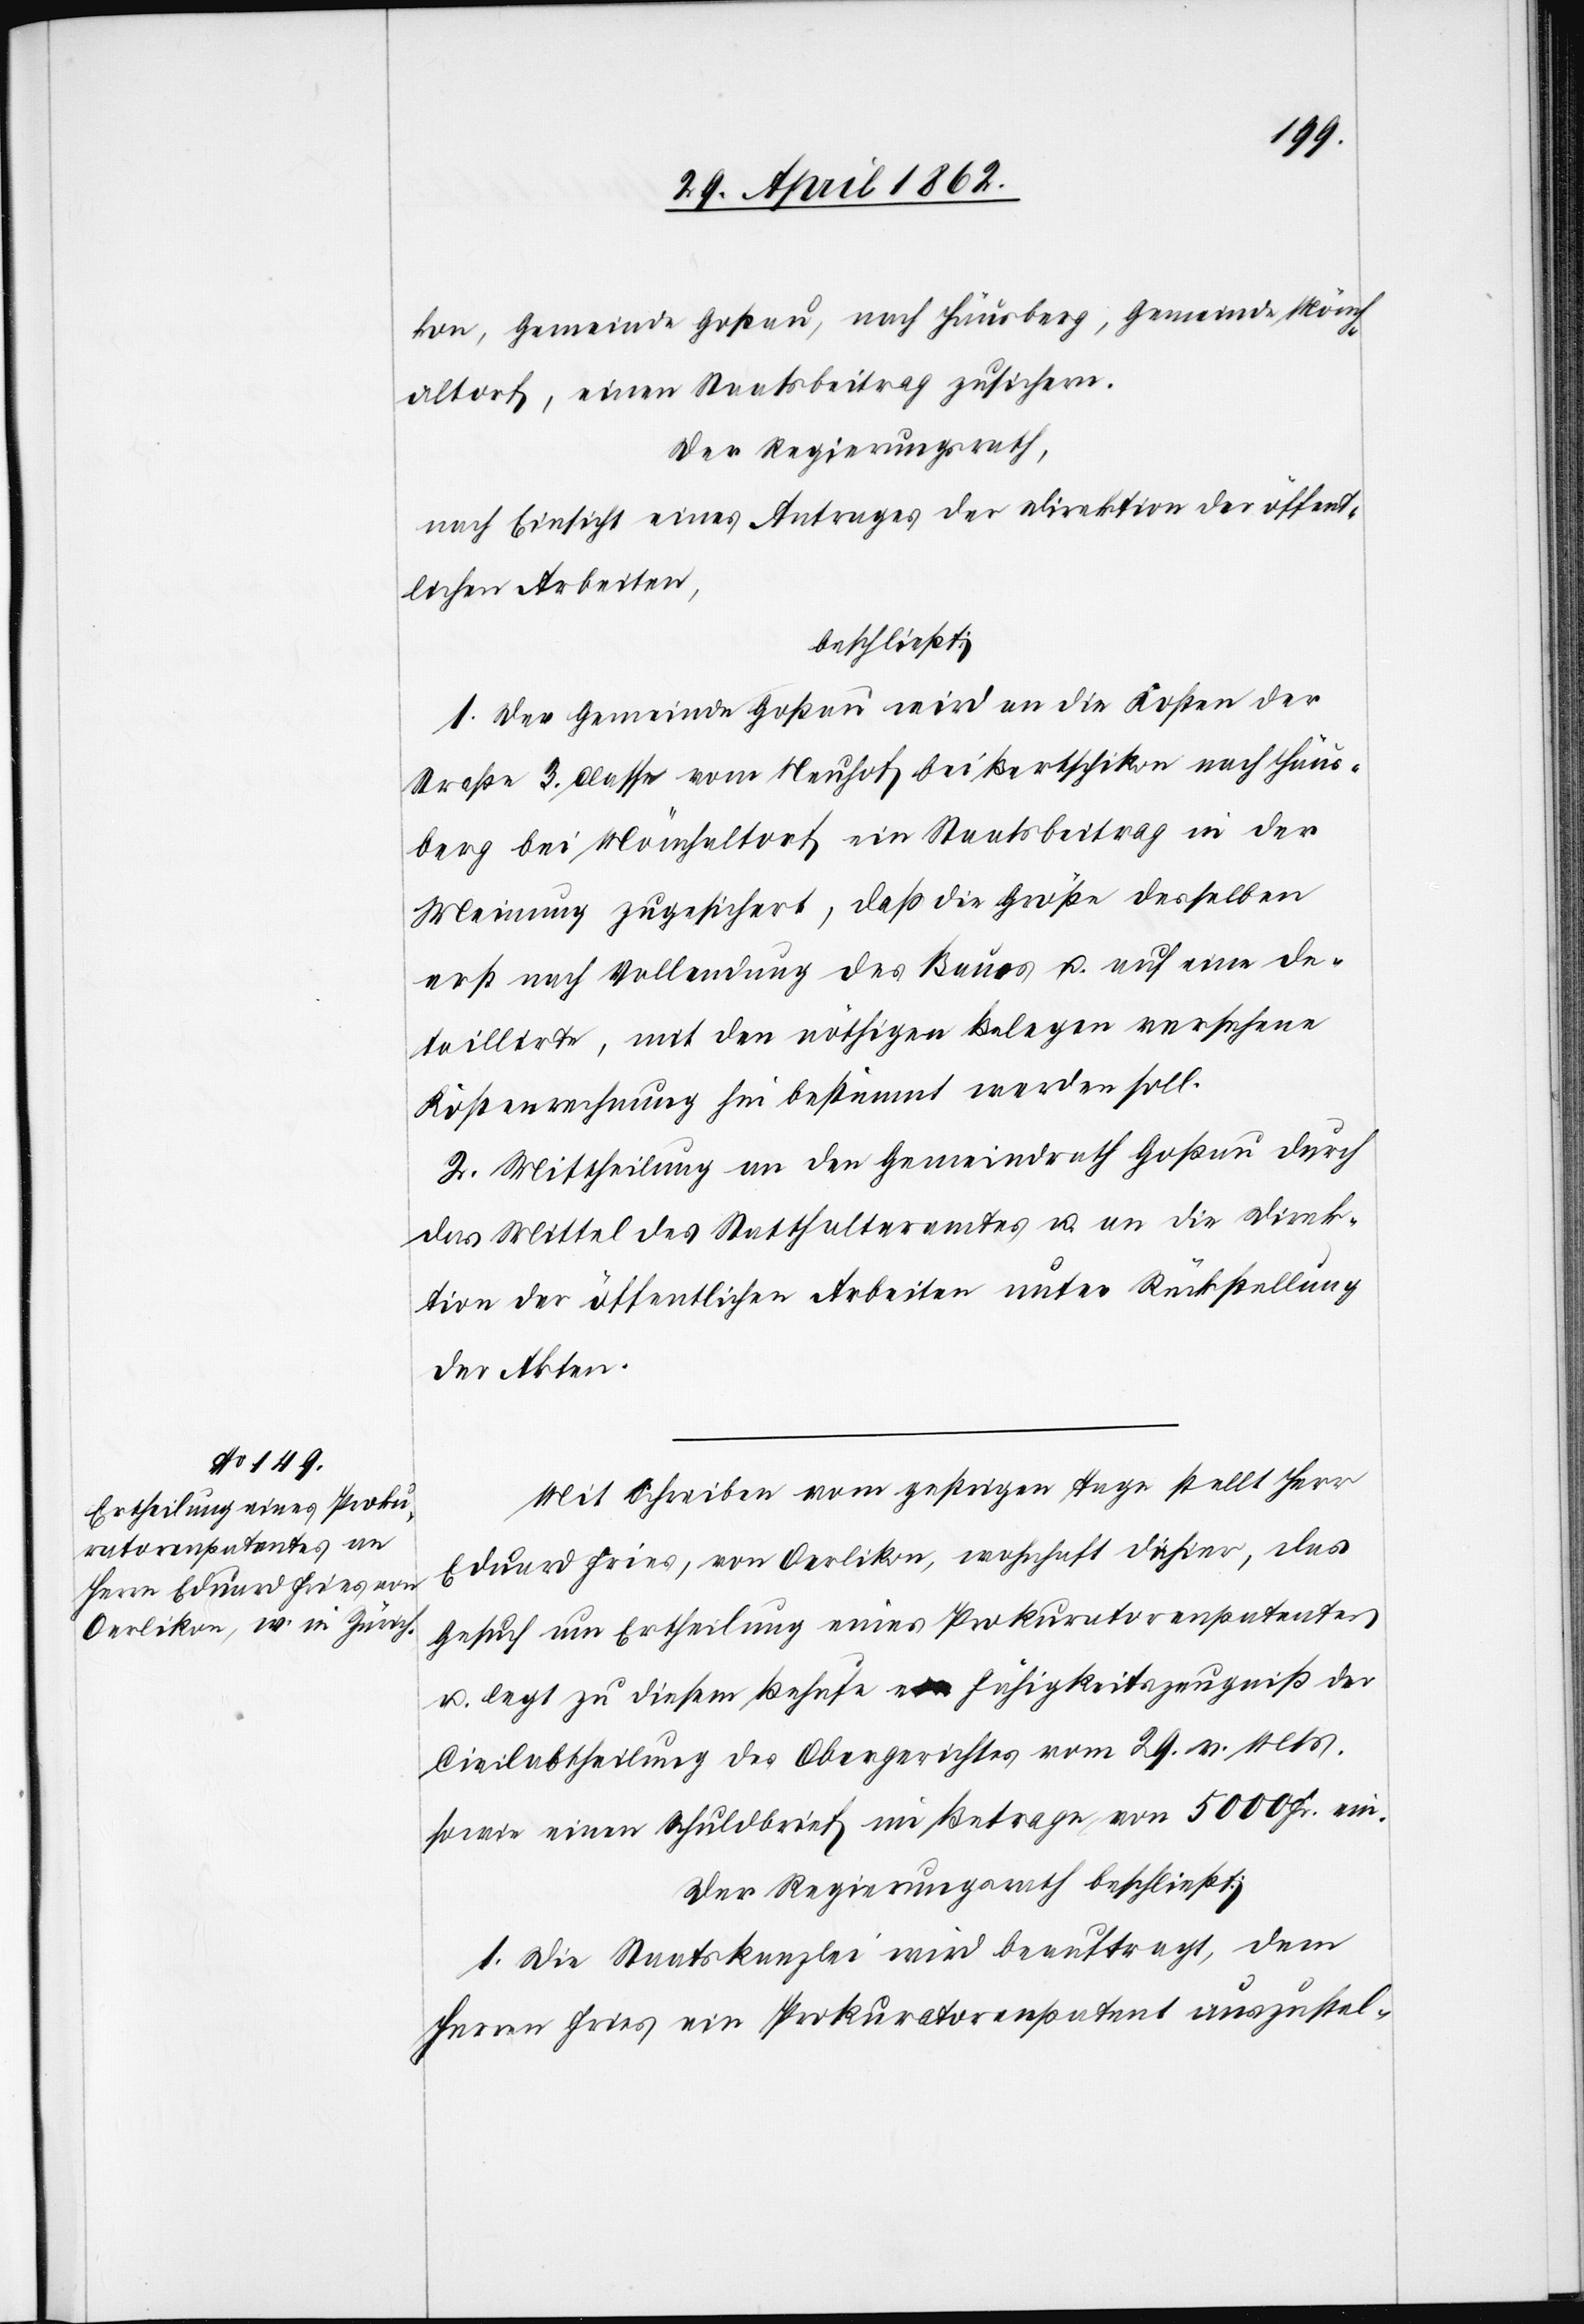
Gemeinde Mönch¬
kon, Gemeinde Goßau, nach Häusberg,
altorf, einen Staatsbeitrag zusichern.
Der Regierungsrath,
nach Einsicht eines Antrages der Direktion der öffent¬
lichen Arbeiten,
beschließt:
1. Der Gemeinde Goßau wird an die Kosten der
Straße 3. Classe vom Neuhof bei Bertschikon nach Häus¬
berg bei Mönchaltorf ein Staatsbeitrag in der
Meinung zugesichert, daß die Größe desselben
erst nach Vollendung des Baues u. auf eine de¬
taillirte, mit den nöthigen Belegen versehene
Kostenrechnung hin bestimmt werden soll.
2. Mittheilung an den Gemeindrath Goßau durch
das Mittel des Statthalteramtes u. an die Direk¬
tion der öffentlichen Arbeiten unter Rückstellung
der Akten.
Mit Schreiben vom gestrigen Tage stellt Herr
Eduard Fries, von Oerlikon, wohnhaft dahier, das
Gesuch um Ertheilung eines Prokuratorenpatentes
u. legt zu diesem Behufe Fähigkeitszeugniß der
Civilabtheilung des Obergerichtes vom 29. v. Mts.
sowie einen Schuldbrief im Betrage von 5000 Fr. ein.
Der Regierungsrath beschließt:
1. Die Staatkanzlei wird beauftragt, dem
Herrn Fries ein Prokuratorenpatent auszustel-